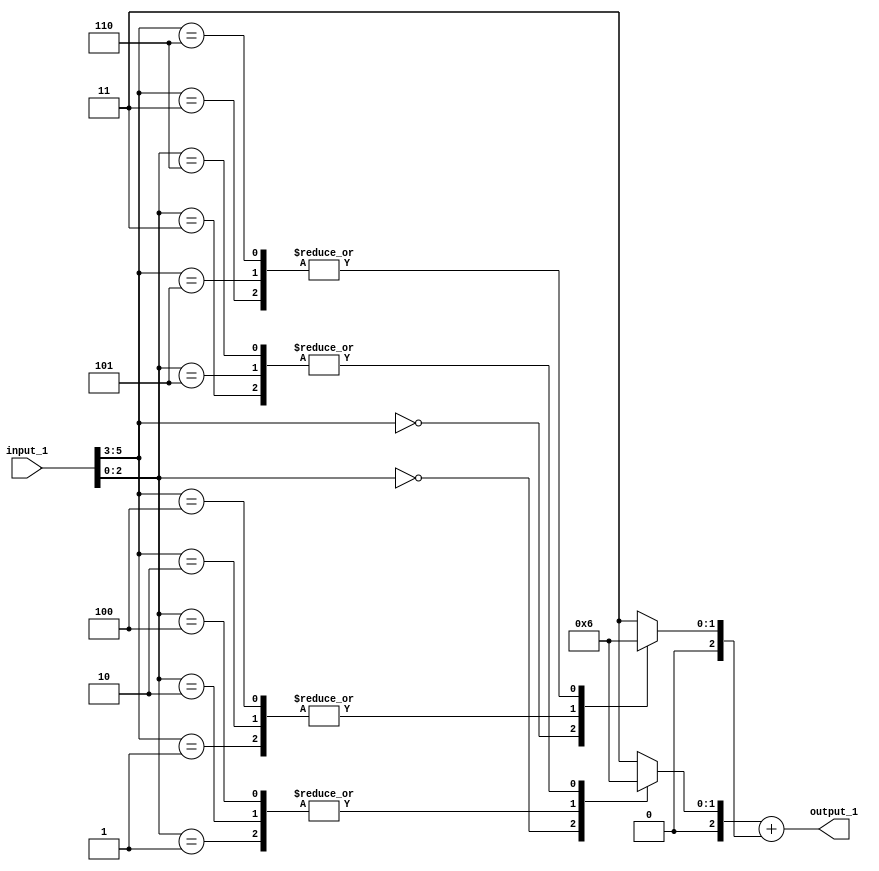
// Generator : SpinalHDL v1.4.3    git head : adf552d8f500e7419fff395b7049228e4bc5de26
// Component : unnamed
// Git hash  : adf552d8f500e7419fff395b7049228e4bc5de26



module unnamed (
  input      [5:0]    input_1,
  output     [2:0]    output_1
);
  reg        [2:0]    _zz_9;
  reg        [2:0]    _zz_10;
  wire       [2:0]    _zz_11;
  wire       [2:0]    _zz_12;
  wire       [2:0]    _zz_1;
  wire       [2:0]    _zz_2;
  wire       [2:0]    _zz_3;
  wire       [2:0]    _zz_4;
  wire       [2:0]    _zz_5;
  wire       [2:0]    _zz_6;
  wire       [2:0]    _zz_7;
  wire       [2:0]    _zz_8;

  assign _zz_11 = {input_1[2],{input_1[1],input_1[0]}};
  assign _zz_12 = {input_1[5],{input_1[4],input_1[3]}};
  always @(*) begin
    case(_zz_11)
      3'b000 : begin
        _zz_9 = _zz_1;
      end
      3'b001 : begin
        _zz_9 = _zz_2;
      end
      3'b010 : begin
        _zz_9 = _zz_3;
      end
      3'b011 : begin
        _zz_9 = _zz_4;
      end
      3'b100 : begin
        _zz_9 = _zz_5;
      end
      3'b101 : begin
        _zz_9 = _zz_6;
      end
      3'b110 : begin
        _zz_9 = _zz_7;
      end
      default : begin
        _zz_9 = _zz_8;
      end
    endcase
  end

  always @(*) begin
    case(_zz_12)
      3'b000 : begin
        _zz_10 = _zz_1;
      end
      3'b001 : begin
        _zz_10 = _zz_2;
      end
      3'b010 : begin
        _zz_10 = _zz_3;
      end
      3'b011 : begin
        _zz_10 = _zz_4;
      end
      3'b100 : begin
        _zz_10 = _zz_5;
      end
      3'b101 : begin
        _zz_10 = _zz_6;
      end
      3'b110 : begin
        _zz_10 = _zz_7;
      end
      default : begin
        _zz_10 = _zz_8;
      end
    endcase
  end

  assign _zz_1 = 3'b000;
  assign _zz_2 = 3'b001;
  assign _zz_3 = 3'b001;
  assign _zz_4 = 3'b010;
  assign _zz_5 = 3'b001;
  assign _zz_6 = 3'b010;
  assign _zz_7 = 3'b010;
  assign _zz_8 = 3'b011;
  assign output_1 = (_zz_9 + _zz_10);

endmodule